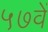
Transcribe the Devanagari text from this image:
५७वें